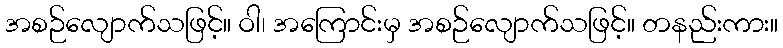
အစဉ်လျောက်သဖြင့်။ ဝါ၊ အကြောင်းမှ အစဉ်လျောက်သဖြင့်။ တနည်းကား။